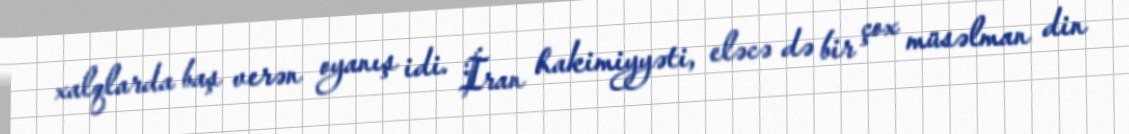
xalqlarda baş verən oyanış idi. İran hakimiyyəti, eləcə də bir çox müsəlman din